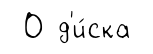
О д'и́ска